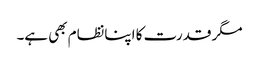
مگر قدرت کا اپنانظام بھی ہے۔